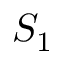
S _ { 1 }